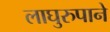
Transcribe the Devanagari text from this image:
लाघुरुपाने